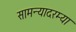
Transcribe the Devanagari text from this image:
सामन्यादरम्या